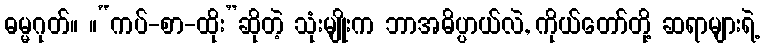
ဓမ္မဂုတ်။ ။“ကပ်-စာ-ထိုး”ဆိုတဲ့ သုံးမျိုးက ဘာအဓိပ္ပာယ်လဲ, ကိုယ်တော်တို့ ဆရာများရဲ့